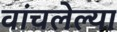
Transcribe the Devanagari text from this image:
वांचलेल्या